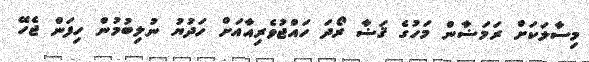
މިސާލަކަށް ރަމަޟާން މަހުގެ ޤަޟާ ރޯދަ ހައްޖުވެރިއާއަށް ހަދުޔު ނުލިބުމުން ހިފަން ޖެހޭ